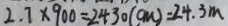
2 . 7 \times 9 0 0 = 2 4 3 0 ( c m ) = 2 4 . 3 m